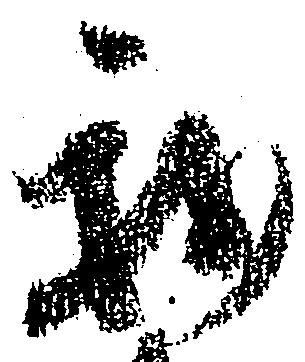
我